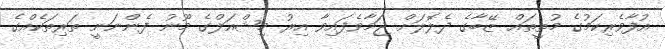
އުފާވެރިކަމުގެ މުތީތައް ޒޭބާގެ ދެލޮލަށް ޖަމާވެފައިވާ އިރު މިޝްއަލްގެ މޫނު ފެންނަނީ ތަރިތަކެއްގެ